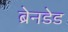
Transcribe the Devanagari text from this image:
ब्रेनडेड